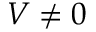
V \neq 0